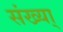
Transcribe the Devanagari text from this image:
संख्या्